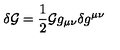
\delta { \cal G } = \frac { 1 } { 2 } { \cal G } g _ { \mu \nu } \delta g ^ { \mu \nu }